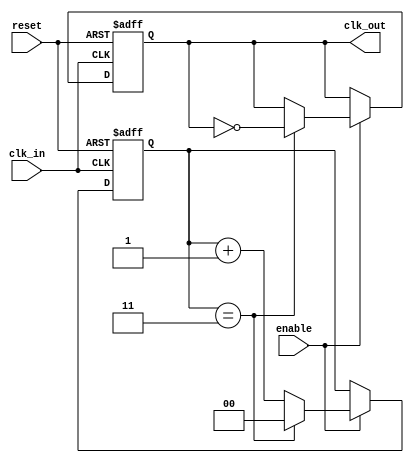
module clock_divider #(
    parameter DIV_FACTOR = 4  // Division factor (should be >= 1)
)(
    input wire clk_in,         // Input clock signal
    input wire reset,          // Asynchronous reset signal
    input wire enable,         // Enable signal for clock division
    output reg clk_out         // Output clock signal
);

    // Internal counter
    reg [$clog2(DIV_FACTOR)-1:0] counter; // Counter width based on DIV_FACTOR

    // Initial state of clk_out
    initial begin
        clk_out = 0;
        counter = 0;
    end

    // Clock division logic
    always @(posedge clk_in or posedge reset) begin
        if (reset) begin
            counter <= 0;
            clk_out <= 0;
        end else if (enable) begin
            if (counter == (DIV_FACTOR - 1)) begin
                clk_out <= ~clk_out; // Toggle the output clock
                counter <= 0;        // Reset the counter
            end else begin
                counter <= counter + 1; // Increment the counter
            end
        end
    end

endmodule